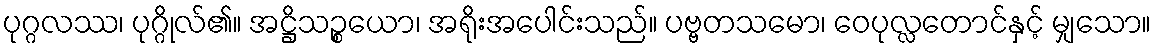
ပုဂ္ဂလဿ၊ ပုဂ္ဂိုလ်၏။ အဋ္ဌိသဉ္စယော၊ အရိုးအပေါင်းသည်။ ပဗ္ဗတသမော၊ ဝေပုလ္လတောင်နှင့် မျှသော။